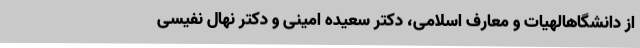
از دانشگاهالهیات و معارف اسلامی، دکتر سعیده امینی و دکتر نهال نفیسی